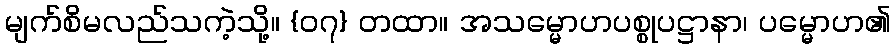
မျက်စိမလည်သကဲ့သို့။ {၀၇} တထာ။ အသမ္မောဟပစ္စုပဋ္ဌာနာ၊ ပမ္မောဟ၏